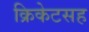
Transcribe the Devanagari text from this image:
क्रिकेटसह